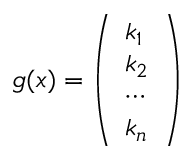
\begin{array} { r } { g ( x ) = \left( \begin{array} { l } { k _ { 1 } } \\ { k _ { 2 } } \\ { \cdots } \\ { k _ { n } } \end{array} \right) } \end{array}